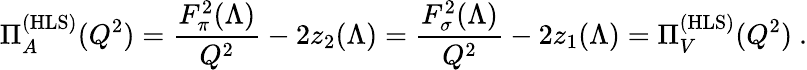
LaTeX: \Pi_{A}^{\mathrm{(HLS)}}(Q^{2})=\frac{F_{\pi}^{2}(\Lambda)}{Q^{2}}-2z_{2}(\Lambda)=\frac{F_{\sigma}^{2}(\Lambda)}{Q^{2}}-2z_{1}(\Lambda)=\Pi_{V}^{\mathrm{(HLS)}}(Q^{2})\ .